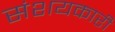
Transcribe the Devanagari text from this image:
संशयकारी